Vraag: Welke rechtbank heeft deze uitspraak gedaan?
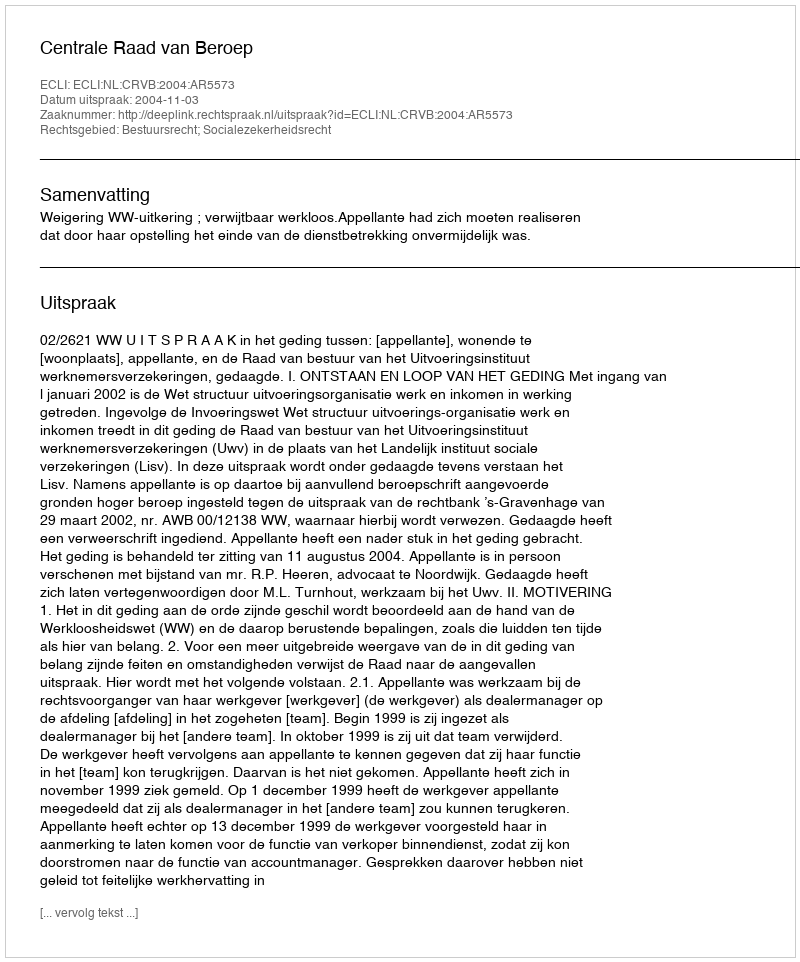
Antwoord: Centrale Raad van Beroep